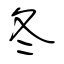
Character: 冬